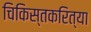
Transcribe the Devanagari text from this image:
चिकिस्तकरित्या